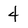
Character: 4